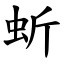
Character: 蚚